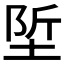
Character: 𡌌